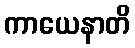
ကာယေနာတိ